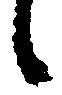
候